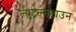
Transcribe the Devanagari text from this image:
ल्युट्रल्सटाउन